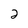
Character: 2